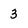
Character: 3